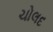
ચોલદ